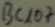
Text: BC107